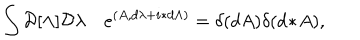
LaTeX: \int { \cal D } [ \Lambda ] { \cal D } \lambda \quad e ^ { ( A , d \lambda + i \ast d \Lambda ) } = \delta ( d A ) \delta ( d \! \ast \! A ) ,